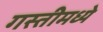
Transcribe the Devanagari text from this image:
गस्तीमध्ये